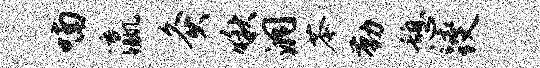
喃瀛灸啾洞苓勤憩躞